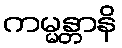
ကမ္မန္တာနိ